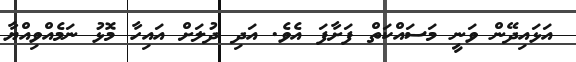
އަޅައިދޭން ވަނީ މަސައްކަތް ފަށާފަ އެވެ. އަދި ދުލަށް އައިހާ މޮޅު ނަމެއްވިއްޔާ